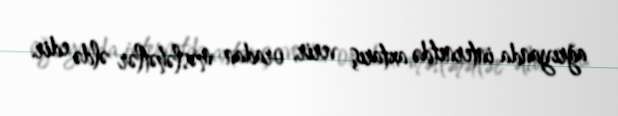
ağrıyanda internetdə axtarış verir, oradan məsləhətlər əldə edir.